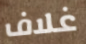
غلاف